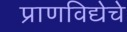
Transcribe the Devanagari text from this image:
प्राणविद्येचे